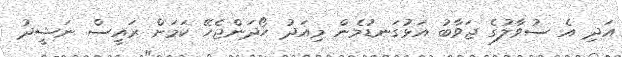
އަދި އެ ސުވާލުގެ ޖަވާބު އަޅުގަނޑުމެން މިއަދު ހޯދަންޖެހޭ ކަމަށް ރައީސް ނަޝީދު